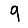
Digit: 9